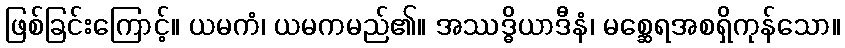
ဖြစ်ခြင်းကြောင့်။ ယမကံ၊ ယမကမည်၏။ အဿဒ္ဓိယာဒီနံ၊ မစ္ဆေရအစရှိကုန်သော။